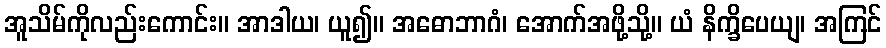
အူသိမ်ကိုလည်းကောင်း။ အာဒါယ၊ ယူ၍။ အဓောဘာဂံ၊ အောက်အဖို့သို့။ ယံ နိက္ခိပေယျ၊ အကြင်